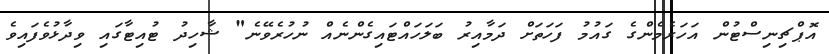
އޮޮޕްޗިނިސްޓުން އަހަރެމެންގެ ގައުމު ފަހަތަށް ދަމާއިރު ބަލަހައްޓައިގެންނެއް ނުހުރެވޭނެ" ޝާހިދު ޓުއިޓާާގައި ވިދާޅުވެފައިވެ